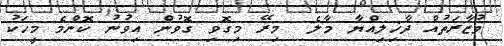
ވުޒާރަތުއް ދާޚިލިއްޔާ މާލެ  މިރޭ މިގޮވި ގޮވުން އިވުނު ކޮންމެ މީހަކު